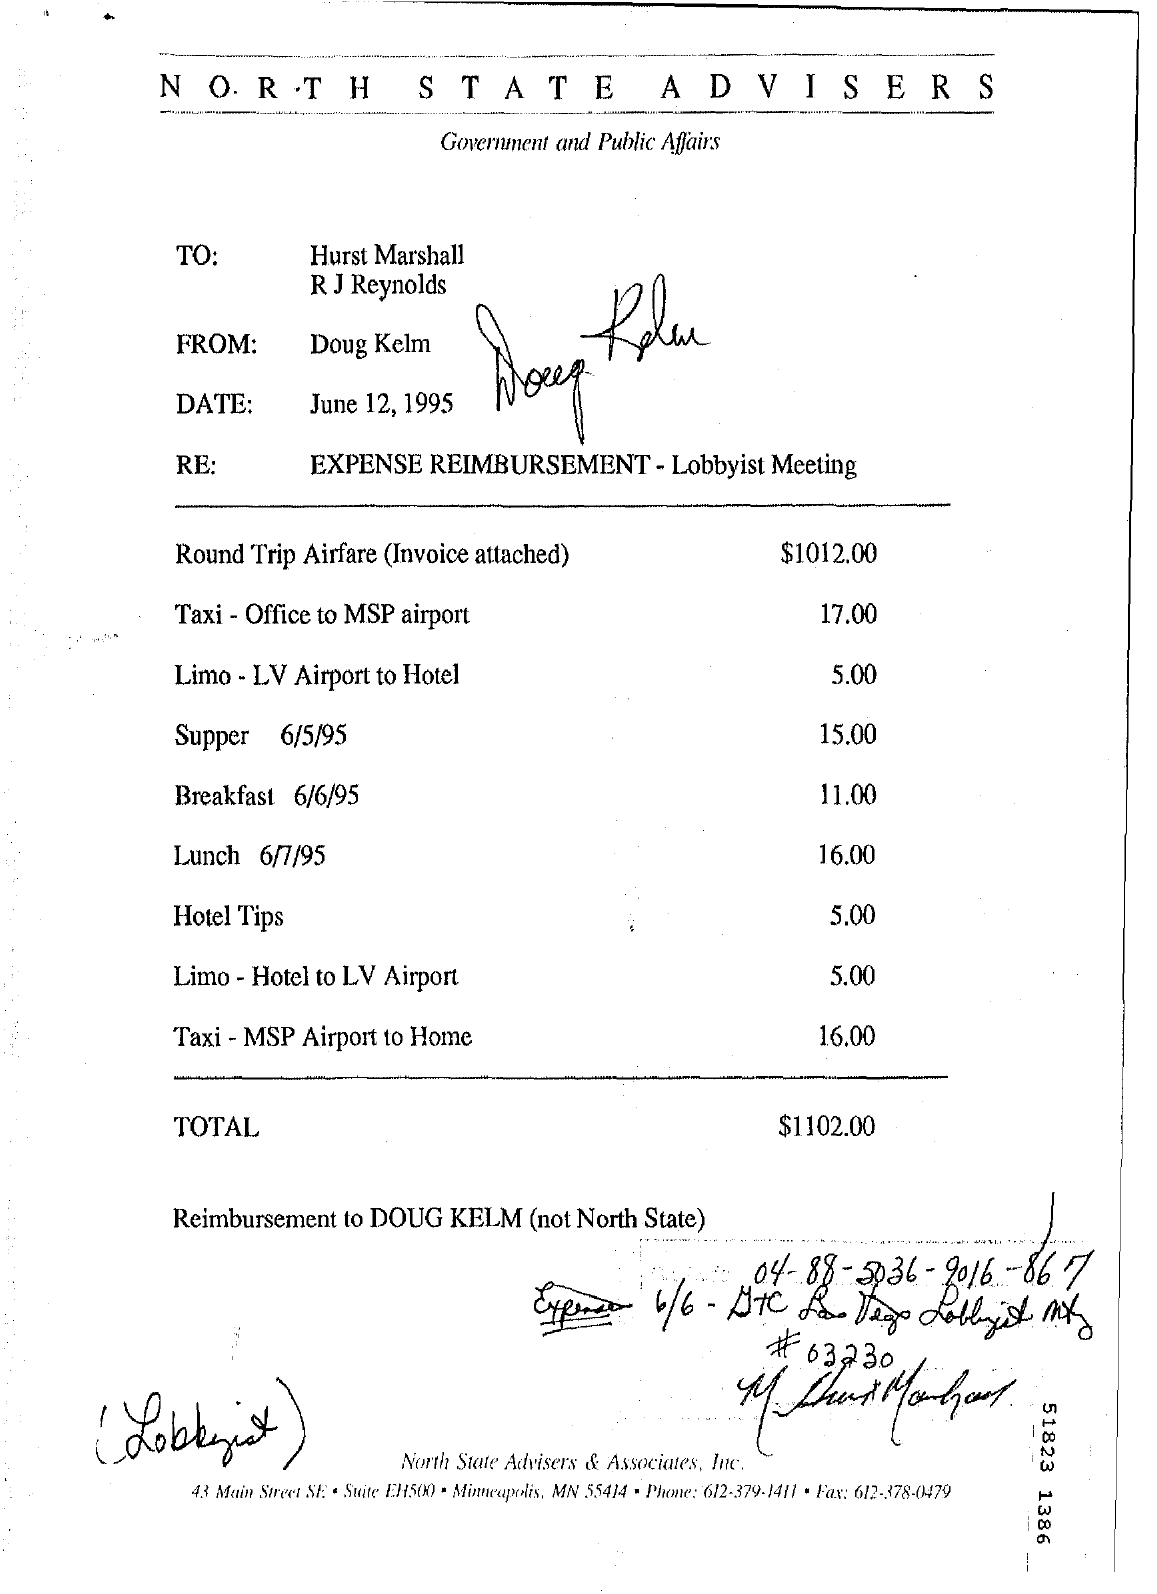
NO.    R   .T    H    STATE    ADVISERS
     Government  and  Public Affairs
     TO:    Hurst  Marshall
     R J Reynolds
     FROM:    Doug   Kelm
     DATE:    June  12, 1995
     RE:    EXPENSE    REIMBURSEMENT    - Lobbyist  Meeting
     Round   Trip Airfare  (Invoice attached)    $1012.00
     Taxi  - Office to MSP  airport    17.00
     Limo   - LV  Airport  to Hotel    5.00
     Supper    6/5/95    15.00
     Breakfast   6/6/95    11.00
     Lunch    6/7/95    16.00
     Hotel  Tips    5.00
     Limo  - Hotel to LV   Airport    5.00
     Taxi - MSP   Airport  to Home    16,00
     TOTAL    $1102.00
     Reimbursement    to DOUG    KELM    (not North   State)
     04-88-5036    - 9016   -86.77
     #  63230
     (  Lobbyist    )    51823
     1386
     North State Advisers & Associates, Inc.
     43 Main Street SE . Suite EH500 . Minneapolis, MN 55414 - Phone: 612-379-1411 . Fax: 612-378-0479
     -